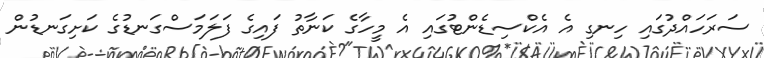
ސަރަހައްދުގައި ހިނގި އެ އެކްސިޑެންޓުގައި އެ މީހާގެ ކަނާތު ފައިގެ ފަލަމަސްގަނޑުގެ ކަށިގަނޑުން